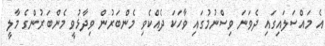
އެ މައްސަލައިގައި ދެވަނަ ވިސްނުމުގައި ވާހަކަ ދެއްކެވި މެންބަރުން ވިދާޅުވީ މެންބަރުންގެ މާލީ